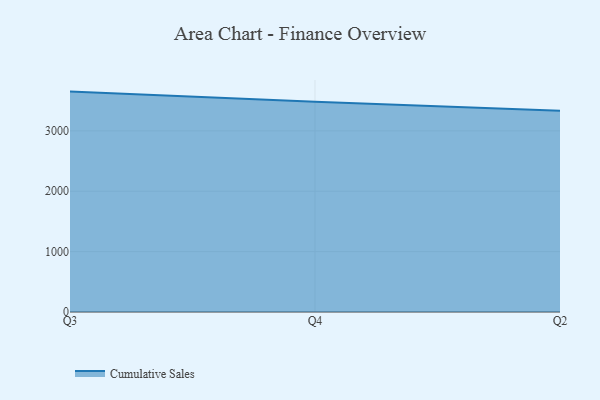
{"axis": {"x": "Quarter", "y": "Net Income (USD K)"}, "legend": ["Cumulative Sales"], "data": [{"x": "Q3", "y": 3649.8, "type": "Cumulative Sales"}, {"x": "Q4", "y": 3480.9, "type": "Cumulative Sales"}, {"x": "Q2", "y": 3332.8, "type": "Cumulative Sales"}]}